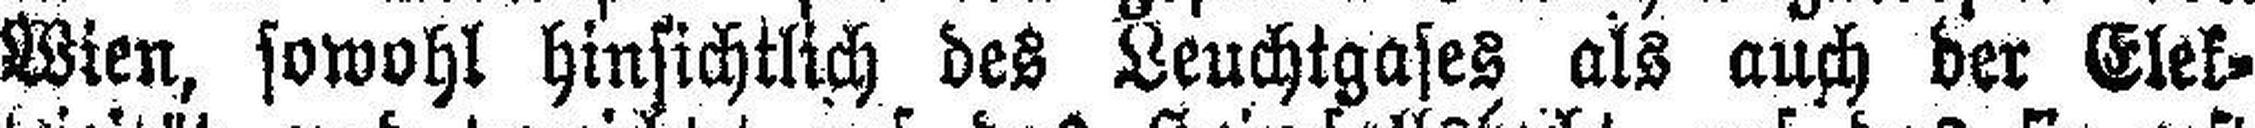
Wien, sowohl hinsichtlich des Leuchtgases als auch der Elek¬